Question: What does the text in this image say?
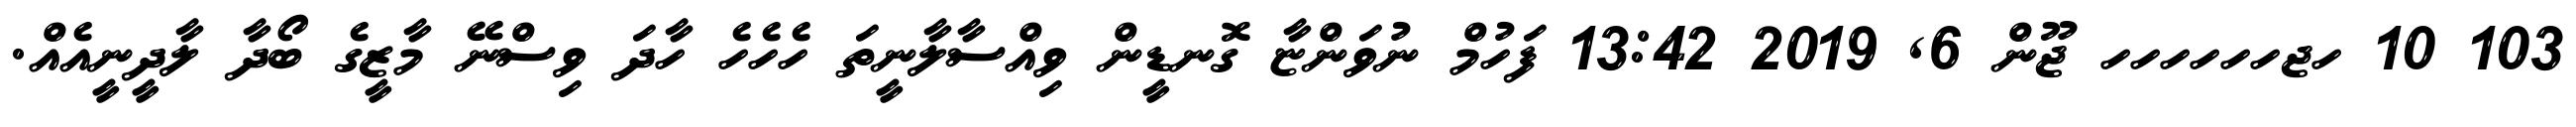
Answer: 103 10 ހޖހހހހހހ ޖޫން 6, 2019 13:42 ފަހުމް ނުވަންޏާ ގޮނޑީން ވިއްސާލާނީތަ ހެހެހެ ހާދަ ވިސްނޭ މާޒީގެ ބޯދާ ލާދީނީއެއް.